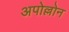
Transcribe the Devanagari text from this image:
अपोल्लोन